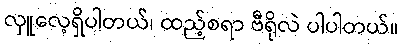
လှူလေ့ရှိပါတယ်၊ ထည့်စရာ ဗီရိုလဲ ပါပါတယ်။